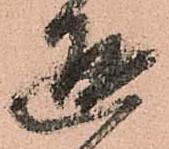
通